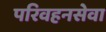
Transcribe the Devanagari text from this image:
परिवहनसेवा